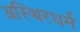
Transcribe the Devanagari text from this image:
अस्थिरधर्म